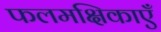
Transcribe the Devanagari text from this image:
फलमक्षिकाएँ